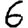
Digit: 6